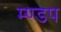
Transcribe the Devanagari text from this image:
म्ण्डप